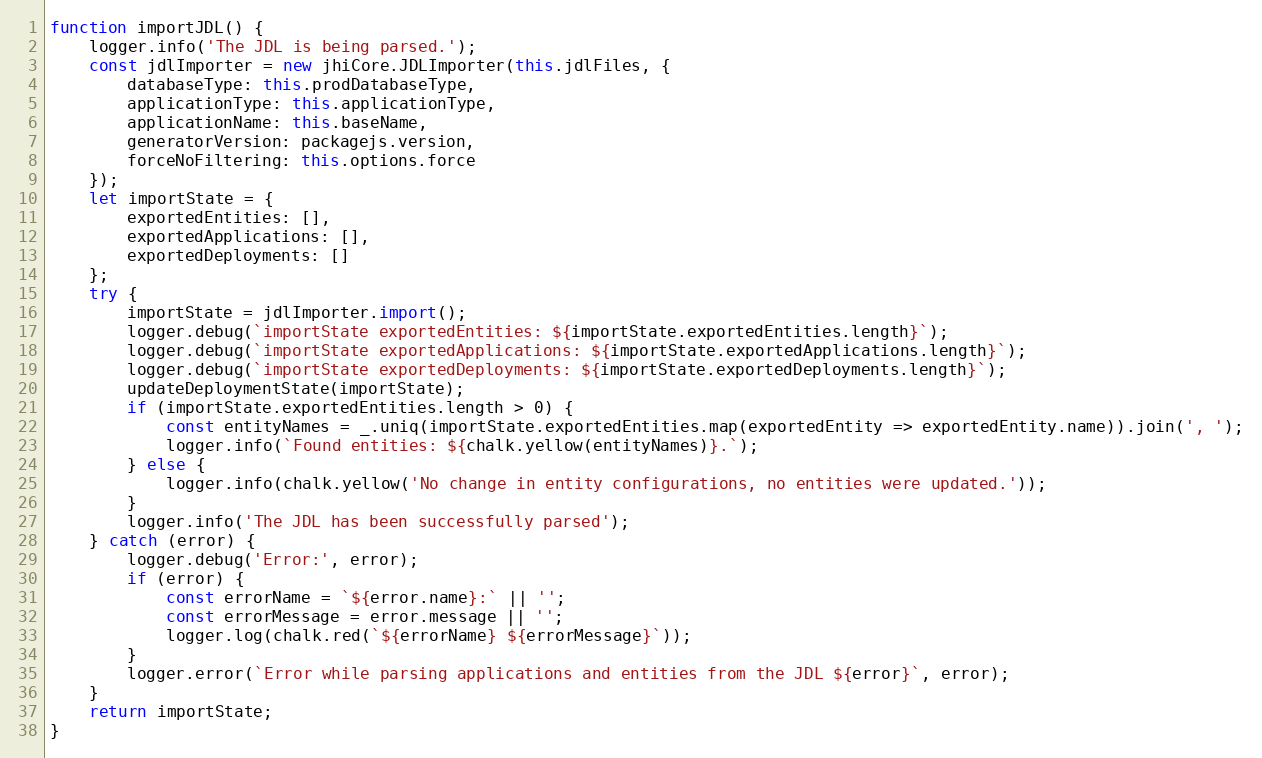
Language: JavaScript
function importJDL() {
    logger.info('The JDL is being parsed.');
    const jdlImporter = new jhiCore.JDLImporter(this.jdlFiles, {
        databaseType: this.prodDatabaseType,
        applicationType: this.applicationType,
        applicationName: this.baseName,
        generatorVersion: packagejs.version,
        forceNoFiltering: this.options.force
    });
    let importState = {
        exportedEntities: [],
        exportedApplications: [],
        exportedDeployments: []
    };
    try {
        importState = jdlImporter.import();
        logger.debug(`importState exportedEntities: ${importState.exportedEntities.length}`);
        logger.debug(`importState exportedApplications: ${importState.exportedApplications.length}`);
        logger.debug(`importState exportedDeployments: ${importState.exportedDeployments.length}`);
        updateDeploymentState(importState);
        if (importState.exportedEntities.length > 0) {
            const entityNames = _.uniq(importState.exportedEntities.map(exportedEntity => exportedEntity.name)).join(', ');
            logger.info(`Found entities: ${chalk.yellow(entityNames)}.`);
        } else {
            logger.info(chalk.yellow('No change in entity configurations, no entities were updated.'));
        }
        logger.info('The JDL has been successfully parsed');
    } catch (error) {
        logger.debug('Error:', error);
        if (error) {
            const errorName = `${error.name}:` || '';
            const errorMessage = error.message || '';
            logger.log(chalk.red(`${errorName} ${errorMessage}`));
        }
        logger.error(`Error while parsing applications and entities from the JDL ${error}`, error);
    }
    return importState;
}